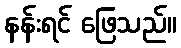
နန်းရင် ဖြေသည်။